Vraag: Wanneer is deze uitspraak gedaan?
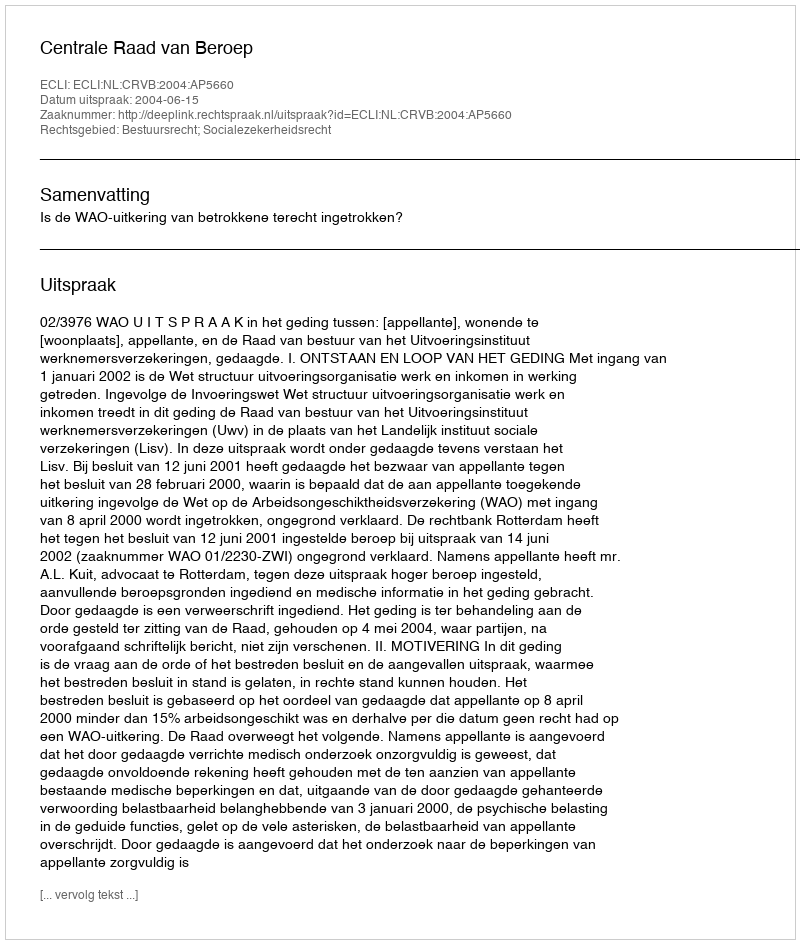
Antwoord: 2004-06-15